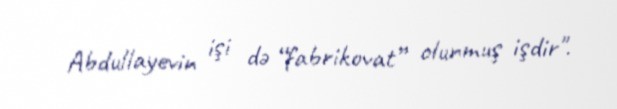
Abdullayevin işi də “fabrikovat” olunmuş işdir".